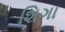
શિગા